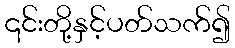
၎င်းတို့နှင့်ပတ်သက်၍